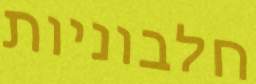
חלבוניות